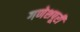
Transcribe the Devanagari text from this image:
गणेशपूरी